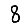
Digit: 8